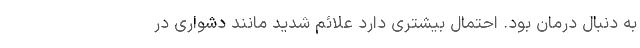
به دنبال درمان بود. احتمال بیشتری دارد علائم شدید مانند دشواری در